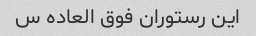
این رستوران فوق العاده س